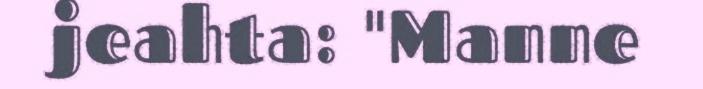
jeahta: "Manne